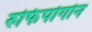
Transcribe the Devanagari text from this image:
रुफिपोगोन